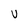
Character: U